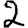
Digit: 2